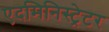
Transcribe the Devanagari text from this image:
एदमिनिस्ट्रेटर